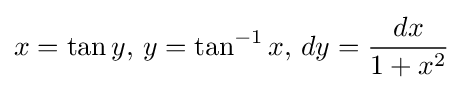
x=\tan y,\,y=\tan ^{-1}x,\,dy={\frac {dx}{1+x^{2}}}